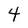
Character: 4